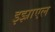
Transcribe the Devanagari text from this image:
इझ्राएल